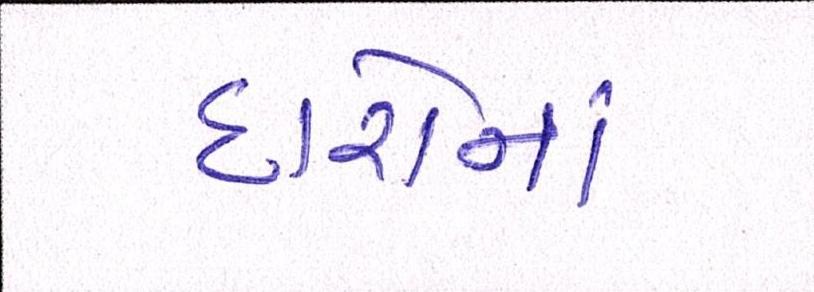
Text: દારોનાં